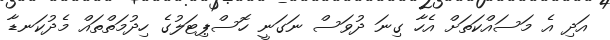
އަދި އެ މަސައްކަތަށް އެހާ ގިނަ ދުވަސް ނަގަނީ ހޮސްޕިޓަލުގެ ހިދުމަތްތައް މެދުކަނޑާ